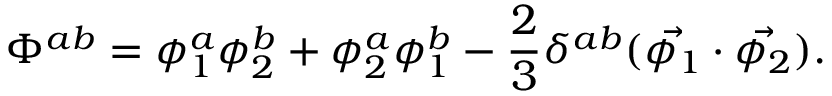
\Phi ^ { a b } = \phi _ { 1 } ^ { a } \phi _ { 2 } ^ { b } + \phi _ { 2 } ^ { a } \phi _ { 1 } ^ { b } - \frac { 2 } { 3 } \delta ^ { a b } ( \vec { \phi _ { 1 } } \cdot \vec { \phi _ { 2 } } ) .